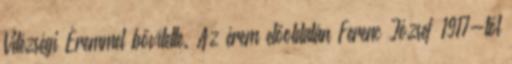
Vitézségi Éremmel bővítette. Az érem előoldalán Ferenc József 1917-től